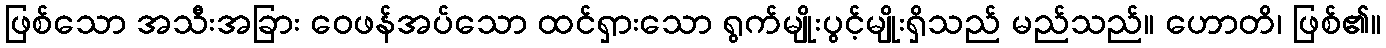
ဖြစ်သော အသီးအခြား ဝေဖန်အပ်သော ထင်ရှားသော ရွက်မျိုးပွင့်မျိုးရှိသည် မည်သည်။ ဟောတိ၊ ဖြစ်၏။